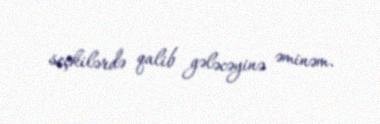
seçkilərdə qalib gələcəyinə əminəm.